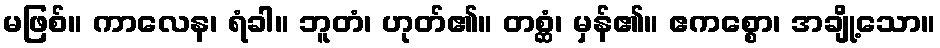
မဖြစ်။ ကာလေန၊ ရံခါ။ ဘူတံ၊ ဟုတ်၏။ တစ္ဆံ၊ မှန်၏။ ဧကစ္စော၊ အချို့သော။